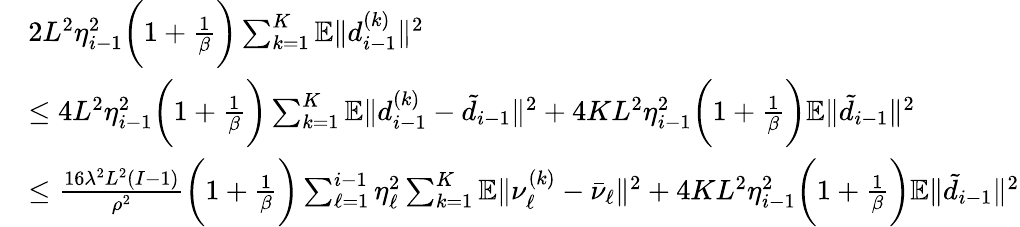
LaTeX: \begin{array}{rl}&{2L^{2}\eta_{i-1}^{2}\bigg(1+\frac{1}{\beta}\bigg)\sum_{k=1}^{K}\mathbb{E}\| d_{i-1}^{(k)}\| ^{2}}\\ &{\leq 4L^{2}\eta_{i-1}^{2}\bigg(1+\frac{1}{\beta}\bigg)\sum_{k=1}^{K}\mathbb{E}\| d_{i-1}^{(k)}-\tilde{d}_{i-1}\| ^{2}+4KL^{2}\eta_{i-1}^{2}\bigg(1+\frac{1}{\beta}\bigg)\mathbb{E}\| \tilde{d}_{i-1}\| ^{2}}\\ &{\leq\frac{16\lambda^{2}L^{2}(I-1)}{\rho^{2}}\bigg(1+\frac{1}{\beta}\bigg)\sum_{\ell=1}^{i-1}\eta_{\ell}^{2}\sum_{k=1}^{K}\mathbb{E}\| \nu_{\ell}^{(k)}-\bar{\nu}_{\ell}\| ^{2}+4KL^{2}\eta_{i-1}^{2}\bigg(1+\frac{1}{\beta}\bigg)\mathbb{E}\| \tilde{d}_{i-1}\| ^{2}}\end{array}